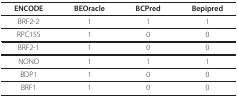
<table><thead><tr><td><b>ENCODE</b></td><td><b>BEOracle</b></td><td><b>BCPred</b></td><td><b>Bepipred</b></td></tr></thead><tbody><tr><td>BRF2-2</td><td>1</td><td>1</td><td>1</td></tr><tr><td>RPC155</td><td>1</td><td>0</td><td>0</td></tr><tr><td>BRF2-1</td><td>1</td><td>0</td><td>0</td></tr><tr><td>NONO</td><td>1</td><td>1</td><td>1</td></tr><tr><td>BDP1</td><td>1</td><td>0</td><td>0</td></tr><tr><td>BRF1</td><td>1</td><td>0</td><td>0</td></tr></tbody></table>